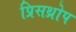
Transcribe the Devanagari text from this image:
प्रिसथ्रोप